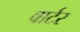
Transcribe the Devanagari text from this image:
बार्टर